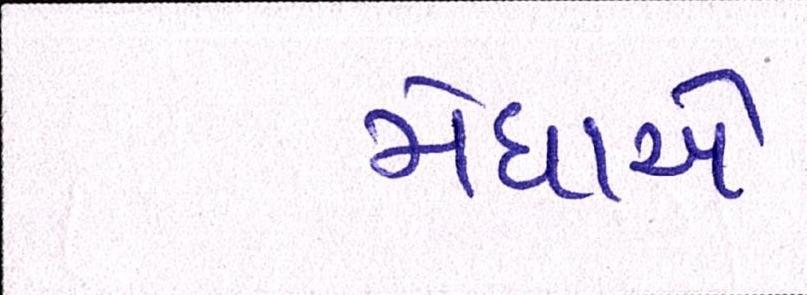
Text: મેઘાએ